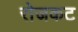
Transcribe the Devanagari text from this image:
रोजकट